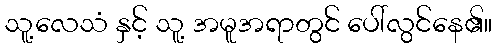
သူ့လေသံ နှင့် သူ့ အမူအရာတွင် ပေါ်လွင်နေ၏။